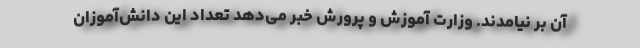
آن بر نیامدند. وزارت آموزش و پرورش خبر می‌دهد تعداد این دانش‌آموزان